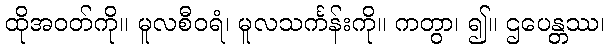
ထိုအဝတ်ကို။ မူလစီဝရံ၊ မူလသင်္ကန်းကို။ ကတွာ၊ ၍။ ဌပေန္တဿ၊